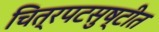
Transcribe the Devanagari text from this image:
चित्रपटसुष्टीत